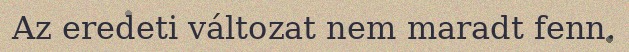
Az eredeti változat nem maradt fenn.